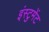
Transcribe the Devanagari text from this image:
इंस्टुमेंट